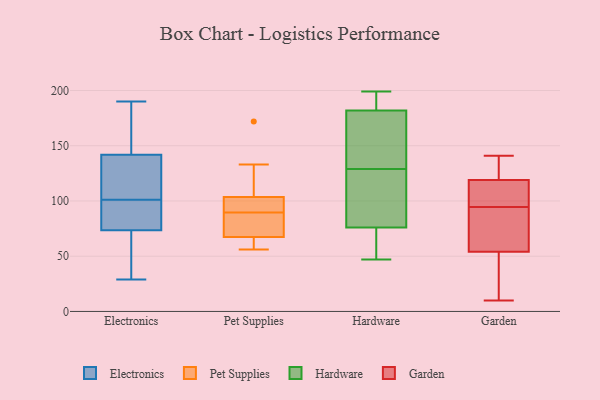
{"axis": {"x": "Headcount", "y": "Value"}, "legend": ["Electronics", "Garden", "Hardware", "Pet Supplies"], "data": [{"x": "", "y": 115, "type": "Electronics"}, {"x": "", "y": 190, "type": "Electronics"}, {"x": "", "y": 47, "type": "Electronics"}, {"x": "", "y": 72, "type": "Electronics"}, {"x": "", "y": 152, "type": "Electronics"}, {"x": "", "y": 141, "type": "Electronics"}, {"x": "", "y": 78, "type": "Electronics"}, {"x": "", "y": 142, "type": "Electronics"}, {"x": "", "y": 34, "type": "Electronics"}, {"x": "", "y": 173, "type": "Electronics"}, {"x": "", "y": 103, "type": "Electronics"}, {"x": "", "y": 84, "type": "Electronics"}, {"x": "", "y": 29, "type": "Electronics"}, {"x": "", "y": 140, "type": "Electronics"}, {"x": "", "y": 78, "type": "Electronics"}, {"x": "", "y": 91, "type": "Electronics"}, {"x": "", "y": 101, "type": "Electronics"}, {"x": "", "y": 187, "type": "Electronics"}, {"x": "", "y": 71, "type": "Electronics"}, {"x": "", "y": 90, "type": "Pet Supplies"}, {"x": "", "y": 105, "type": "Pet Supplies"}, {"x": "", "y": 68, "type": "Pet Supplies"}, {"x": "", "y": 172, "type": "Pet Supplies"}, {"x": "", "y": 133, "type": "Pet Supplies"}, {"x": "", "y": 67, "type": "Pet Supplies"}, {"x": "", "y": 102, "type": "Pet Supplies"}, {"x": "", "y": 89, "type": "Pet Supplies"}, {"x": "", "y": 65, "type": "Pet Supplies"}, {"x": "", "y": 74, "type": "Pet Supplies"}, {"x": "", "y": 56, "type": "Pet Supplies"}, {"x": "", "y": 99, "type": "Pet Supplies"}, {"x": "", "y": 130, "type": "Hardware"}, {"x": "", "y": 163, "type": "Hardware"}, {"x": "", "y": 76, "type": "Hardware"}, {"x": "", "y": 189, "type": "Hardware"}, {"x": "", "y": 133, "type": "Hardware"}, {"x": "", "y": 114, "type": "Hardware"}, {"x": "", "y": 96, "type": "Hardware"}, {"x": "", "y": 60, "type": "Hardware"}, {"x": "", "y": 55, "type": "Hardware"}, {"x": "", "y": 114, "type": "Hardware"}, {"x": "", "y": 128, "type": "Hardware"}, {"x": "", "y": 47, "type": "Hardware"}, {"x": "", "y": 199, "type": "Hardware"}, {"x": "", "y": 138, "type": "Hardware"}, {"x": "", "y": 188, "type": "Hardware"}, {"x": "", "y": 194, "type": "Hardware"}, {"x": "", "y": 55, "type": "Hardware"}, {"x": "", "y": 182, "type": "Hardware"}, {"x": "", "y": 113, "type": "Garden"}, {"x": "", "y": 88, "type": "Garden"}, {"x": "", "y": 125, "type": "Garden"}, {"x": "", "y": 67, "type": "Garden"}, {"x": "", "y": 54, "type": "Garden"}, {"x": "", "y": 10, "type": "Garden"}, {"x": "", "y": 119, "type": "Garden"}, {"x": "", "y": 43, "type": "Garden"}, {"x": "", "y": 141, "type": "Garden"}, {"x": "", "y": 101, "type": "Garden"}]}